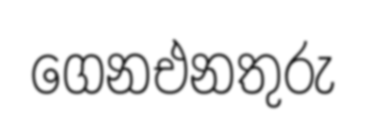
ගෙනඑනතුරු